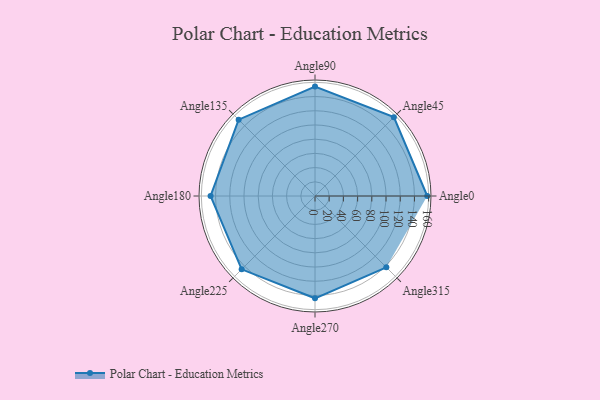
{"axis": {"x": "Angle", "y": "Radius"}, "legend": [""], "data": [{"x": "Angle0", "y": 158.0, "type": ""}, {"x": "Angle45", "y": 157.0, "type": ""}, {"x": "Angle90", "y": 154.0, "type": ""}, {"x": "Angle135", "y": 152.0, "type": ""}, {"x": "Angle180", "y": 147.0, "type": ""}, {"x": "Angle225", "y": 146.0, "type": ""}, {"x": "Angle270", "y": 144.0, "type": ""}, {"x": "Angle315", "y": 142.0, "type": ""}]}